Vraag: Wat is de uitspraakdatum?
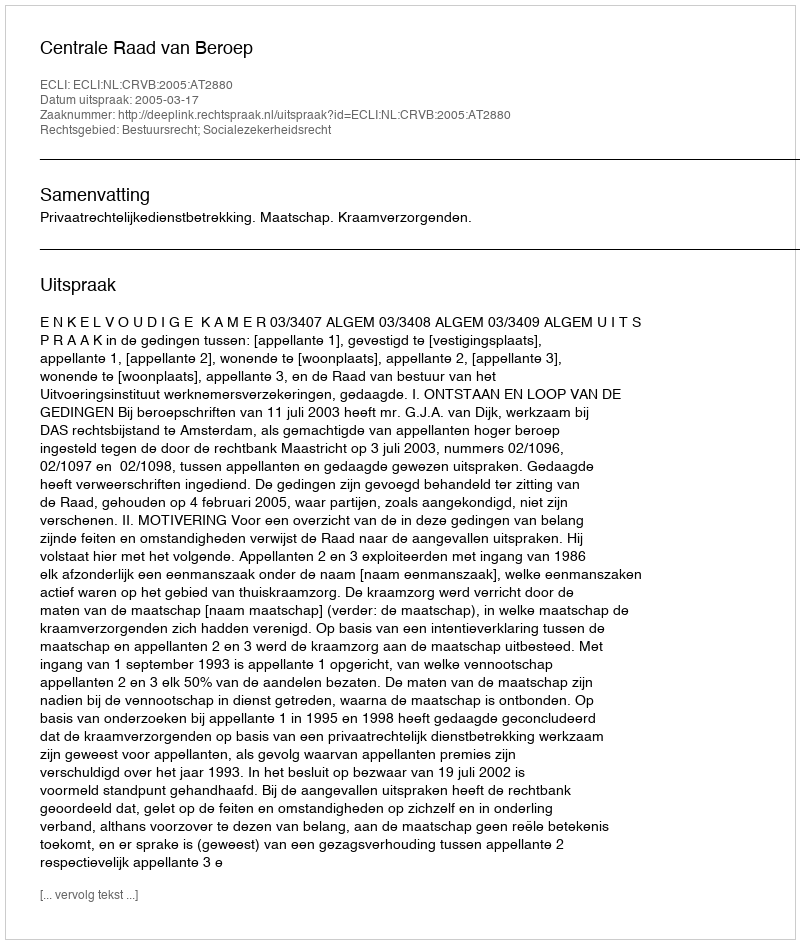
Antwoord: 2005-03-17